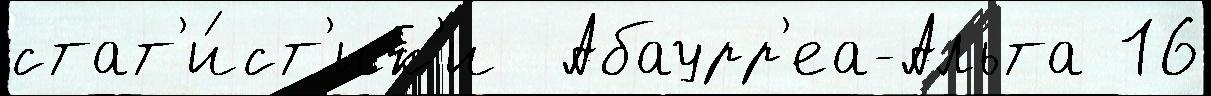
стат'и́ст'ик'и  Абаурр'еа-Альта 16